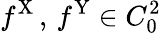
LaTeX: f^{\mathrm{X}}\, ,\, f^{\mathrm{Y}}\in C_{0}^{2}